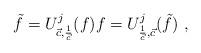
LaTeX: \begin{align*}\tilde{f}=U_{\vec{c},\frac{1}{\vec{c}}}^{j}(f){f}=U_{\frac{1}{\vec{c}},\vec{c}}^{j}(\tilde{f})\ , \end{align*}